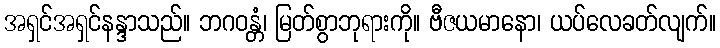
အရှင်အရှင်နန္ဒာသည်။ ဘဂဝန္တံ၊ မြတ်စွာဘုရားကို။ ဗီဇယမာနော၊ ယပ်လေခတ်လျက်။